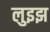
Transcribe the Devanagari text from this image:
लुइझ